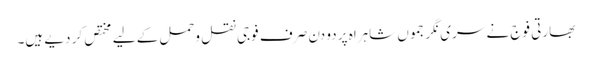
بھارتی فوج نے سری نگر جموں شاہراہ پر دو دن صرف فوجی نقل وحمل کے لیے مختص کر دیے ہیں۔